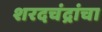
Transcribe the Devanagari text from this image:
शरदचंद्रांचा